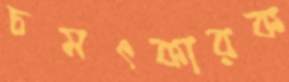
চমৎকারক